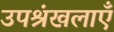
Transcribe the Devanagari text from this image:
उपश्रंखलाएँ